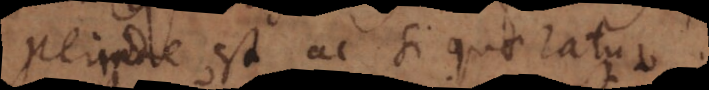
perinde est ac si quaeratur.